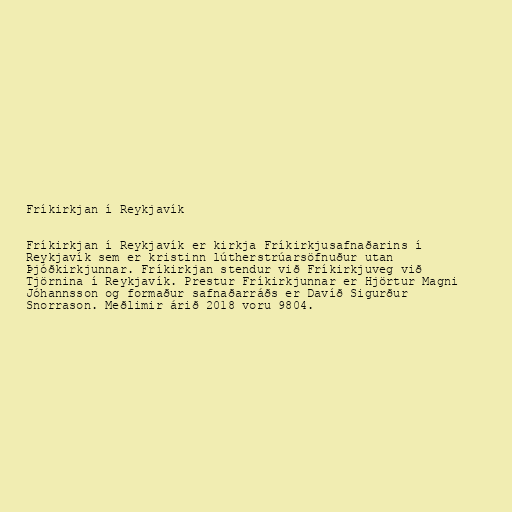
Fríkirkjan í Reykjavík

Fríkirkjan í Reykjavík er kirkja Fríkirkjusafnaðarins í
Reykjavík sem er kristinn lútherstrúarsöfnuður utan
Þjóðkirkjunnar. Fríkirkjan stendur við Fríkirkjuveg við
Tjörnina í Reykjavík. Prestur Fríkirkjunnar er Hjörtur Magni
Jóhannsson og formaður safnaðarráðs er Davíð Sigurður
Snorrason. Meðlimir árið 2018 voru 9804.